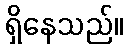
ရှိနေသည်။